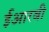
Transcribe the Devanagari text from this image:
ईआरबी